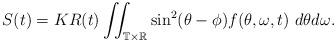
LaTeX: \begin{align*} S(t)=KR(t)\iint_{\mathbb T \times \mathbb R} \sin^{2}(\theta-\phi)f(\theta,\omega,t) ~ d\theta d\omega.\end{align*}